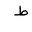
Letter: _da